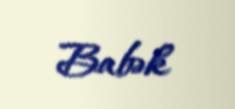
Babək